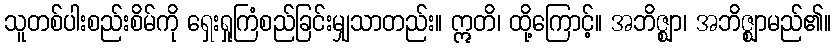
သူတစ်ပါးစည်းစိမ်ကို ရှေးရှုကြံစည်ခြင်းမျှသာတည်း။ ဣတိ၊ ထို့ကြောင့်။ အဘိဇ္ဈာ၊ အဘိဇ္ဈာမည်၏။